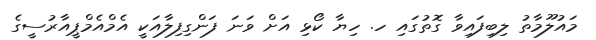
މައުލޫމާތު ލިބިފައިވާ ގޮތުގައި ހ. ހިޔާ ކޯޅި އަށް ވަނަ ފަންގިފިލާއަކީ އެމްއެމްޕީއާރުސީގެ